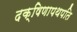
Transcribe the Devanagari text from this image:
दक्षिणापथपति